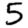
Digit: 5